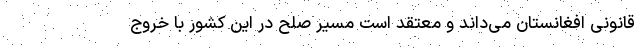
قانونی افغانستان می‌داند و معتقد است مسیر صلح در این کشور با خروج